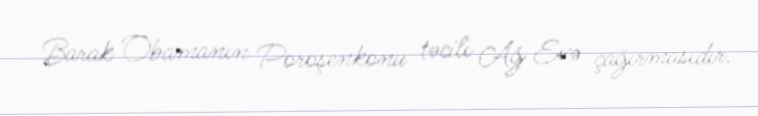
Barak Obamanın Poroşenkonu təcili Ağ Evə çağırmasıdır.